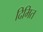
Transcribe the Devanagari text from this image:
दिमित